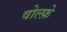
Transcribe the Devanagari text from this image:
वोल्फ़े